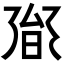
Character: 𭥟